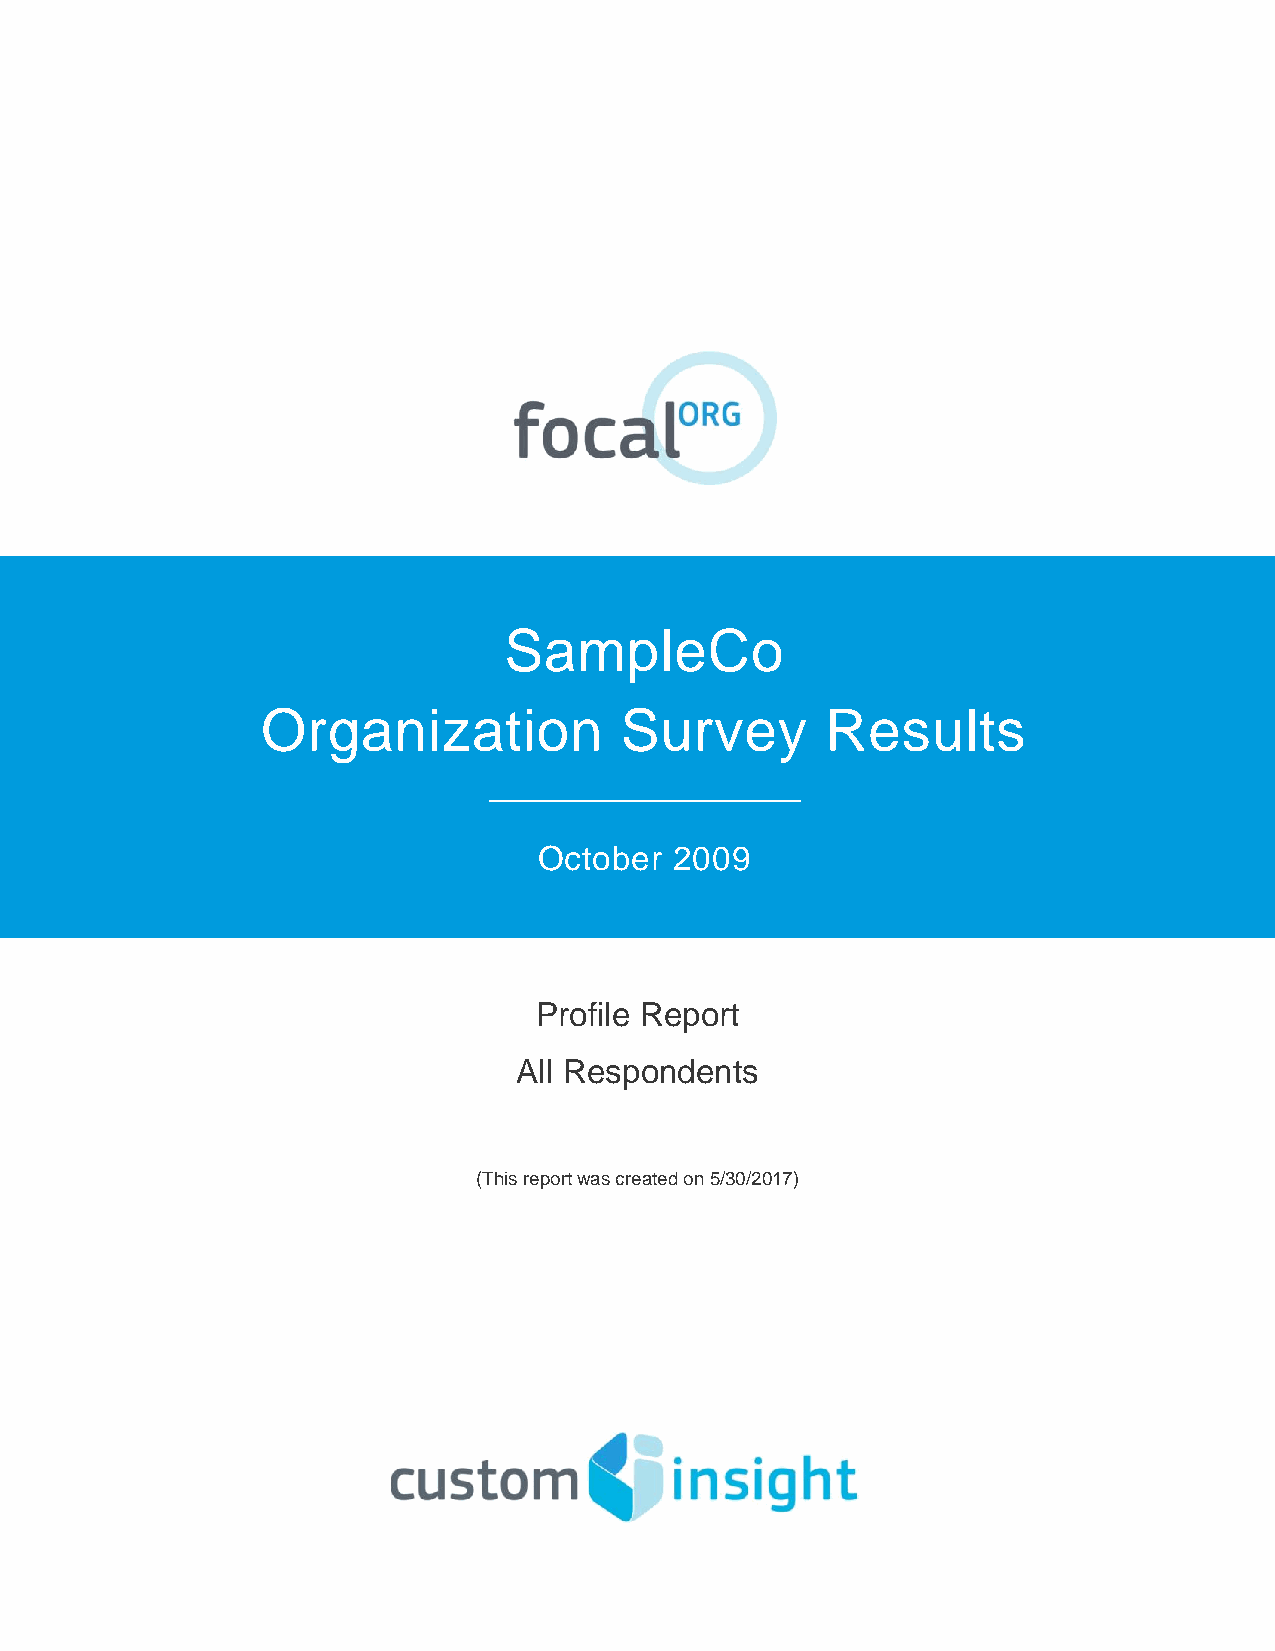
SampleCo
 Organization            Survey        Results
 October  2009
 Profile Report
 All Respondents
 (This report was created on 5/30/2017)